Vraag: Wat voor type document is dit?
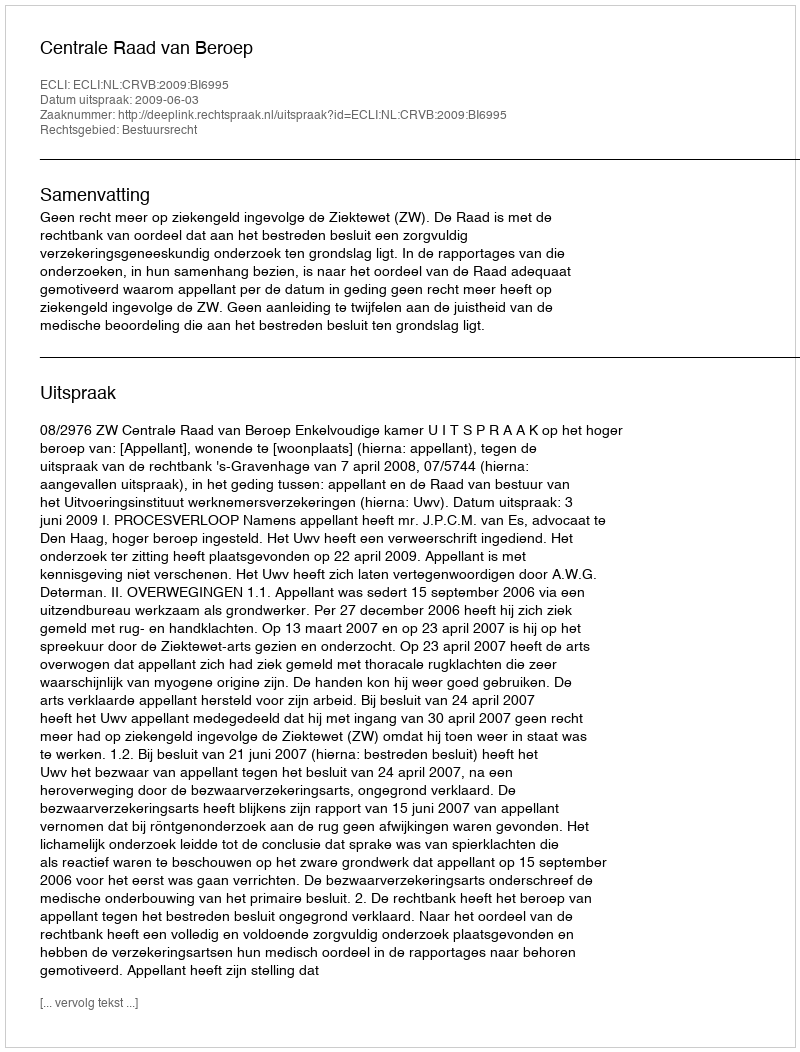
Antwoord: Uitspraak